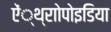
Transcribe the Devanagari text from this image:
ऐं्थ्राोपोइडिया